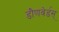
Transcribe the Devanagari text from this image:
डौणवेर्डस्